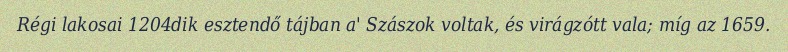
Régi lakosai 1204dik esztendő tájban a' Szászok voltak, és virágzótt vala; míg az 1659.